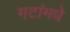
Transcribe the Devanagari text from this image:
गटांमधे